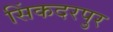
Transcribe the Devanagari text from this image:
सिंकदरपुर